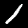
Label: 1